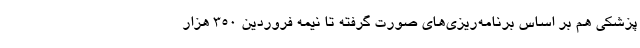
پزشکی هم بر اساس برنامه‌ریزی‌های صورت گرفته تا نیمه فروردین ۳۵۰ هزار